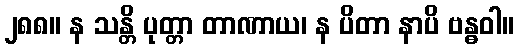
၂၈၈။ န သန္တိ ပုတ္တာ တာဏာယ၊ န ပိတာ နာပိ ဗန္ဓဝါ။